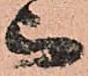
被